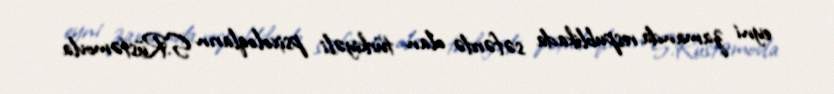
eyni zamanda respublikada səfərdə olan türkiyəli psixoloqların S.Rüstəmovla